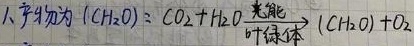
1、产物为 \((CH_{2}O)\)：\(CO_{2}+H_{2}O\xrightarrow[叶绿体]{光能}(CH_{2}O)+O_{2}\)